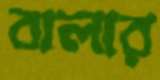
বালার